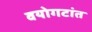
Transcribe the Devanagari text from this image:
वयोगटांत